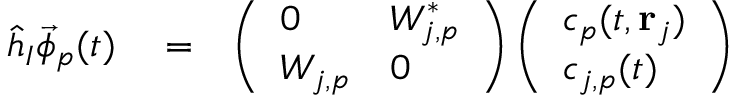
\begin{array} { r l r } { \hat { h } _ { I } \vec { \phi } _ { p } ( t ) } & { { } = } & { \left( \begin{array} { l l } { 0 } & { W _ { j , p } ^ { * } } \\ { W _ { j , p } } & { 0 } \end{array} \right) \left( \begin{array} { l } { c _ { p } ( t , { \bf r } _ { j } ) } \\ { c _ { j , p } ( t ) } \end{array} \right) } \end{array}